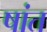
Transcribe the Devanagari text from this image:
षांत